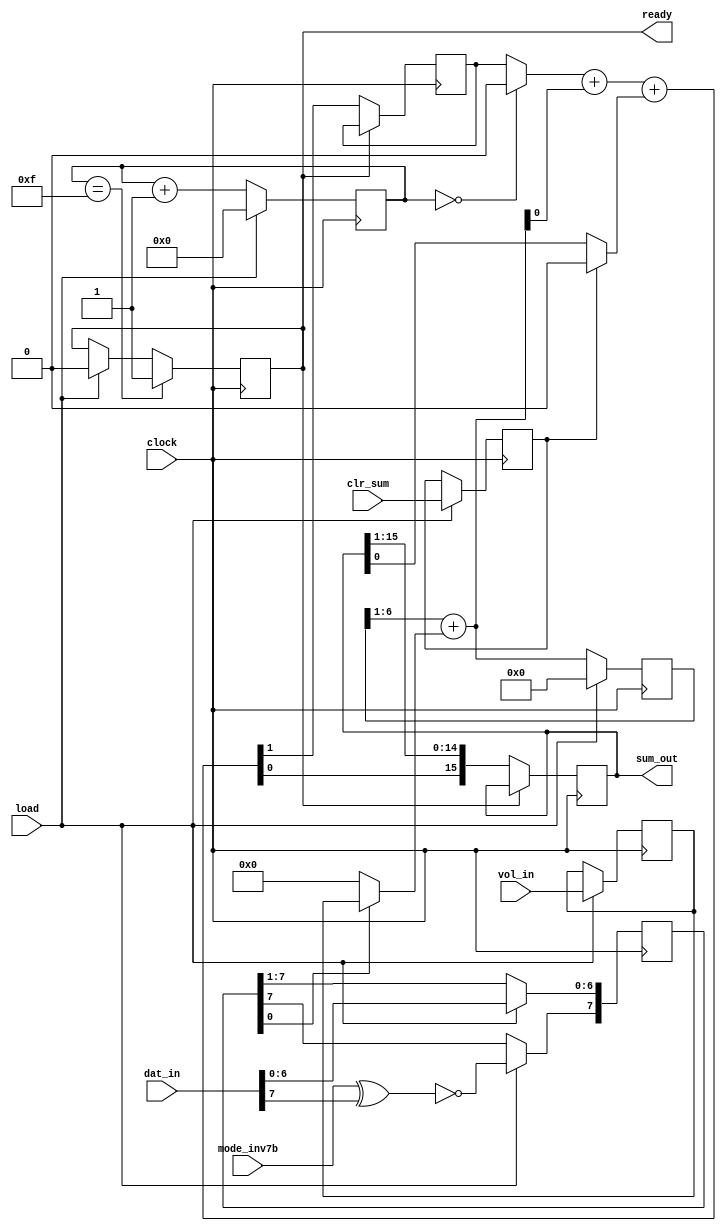
// part of NeoGS project (c) 2007-2008 NedoPC
//
// sound_mulacc is a serial multiplier-accumulator for volume and sound data value.
// Input data is: volume (6bit unsigned) and sound data (8bit signed with sign bit inverted,
//  thus compatible with unsigned data centered at $7f-$80), and clr_sum bit.
// Input data is read and multiply-add starts after 1-clock positive pulse on load pin,
//  when ready becomes 1, operation is finished, output is defined and another load pulse could be accepted.
// If clr_sum is read to be 1, sum is also cleared (and the output will be just result of multiply), otherwise
//  output will be the sum of previous result with current multiplication result.
//
// clock number          XX |  00 |  01 |  02 |  || |  14 |  15 |  16 |
// clock            __/``\__/``\__/``\__/``\__/``||_/``\__/``\__/``\__/``\__/``\__/``\__/``\__/``
// load       _________/`````\___________________||______________________________________________
// inputs are read here --> *                    ||
// ready      ```````````````\___________________||______________/```````````````````````````````
// data out               old data |XXXXXXXXXXXXX||XXXXXXXXXXXXXX| new data ready

module sound_mulacc(

	clock,   // input clock (24 MHz)

	vol_in,  // input volume (6 bit unsigned)
	dat_in,  // input sound data (8 bit signed with sign bit inverted)

	mode_inv7b, // whether to invert 7th bit of dat_in

	load,    // load pulse input
	clr_sum, // clear sum input

	ready,   // ready output
	sum_out  // 16-bit sum output
);

	input clock;

	input [5:0] vol_in;
	input [7:0] dat_in;

	input mode_inv7b;

	input load;
	input clr_sum;

	output reg ready;

	output reg [15:0] sum_out;



	wire [5:0] add_data;
	wire [6:0] sum_unreg;
	reg [6:0] sum_reg;
	reg [7:0] shifter;
	reg [5:0] adder;
	wire   mul_out;



	reg [3:0] counter;


	reg clr_sum_reg;
	wire [1:0] temp_sum;
	wire carry_in;
	wire old_data_in;
	reg old_carry;




	// control section
	//
	always @(posedge clock)
	begin

		if( load )
			ready <= 1'b0;

		if( counter[3:0] == 4'd15 )
			ready <= 1'b1;

		if( load )
			counter <= 4'd0;
		else
			counter <= counter + 4'd1;

	end



	// serial multiplier section
	//
	assign add_data = ( shifter[0] ) ? adder : 6'd0; // data to be added controlled by LSB of shifter

	assign sum_unreg[6:0] = sum_reg[6:1] + add_data[5:0]; // sum of two values

	assign mul_out = sum_unreg[0];

	always @(posedge clock)
	begin

		if( !load ) // normal addition
		begin
			sum_reg[6:0] <= sum_unreg[6:0];
			shifter[6:0] <= shifter[7:1];
		end

		else // load==1

		begin
			sum_reg[6:0] <= 7'd0;

			shifter[7]   <= ~(mode_inv7b^dat_in[7]);   // convert to signed data (we need signed result), invert 7th bit if needed
			shifter[6:0] <=  dat_in[6:0];

			adder <= vol_in;

		end
	end




	// serial adder section
	//
	always @(posedge clock)
	begin
		if( load )
			clr_sum_reg <= clr_sum;
	end

	assign carry_in = (counter==4'd0) ? 1'b0 : old_carry;

	assign old_data_in = (clr_sum_reg) ? 1'b0 : sum_out[0];

	assign temp_sum[1:0] = carry_in + mul_out + old_data_in;

	always @(posedge clock)
	begin
		if( !ready )
		begin
			sum_out[15:0] <= { temp_sum[0], sum_out[15:1] };
			old_carry <= temp_sum[1];
		end
	end



endmodule